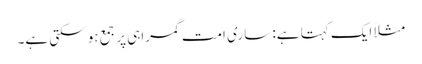
مثلاً ایک کہتا ہے: ساری امت گمراہی پر جمع ہو سکتی ہے۔